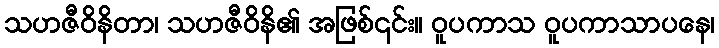
သဟဇီဝိနိတာ၊ သဟဇီဝိနိ၏ အဖြစ်၎င်း။ ဝူပကာသ ဝူပကာသာပနေ၊